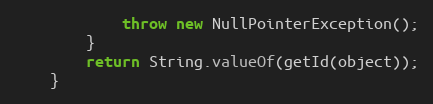
Language: Java
			throw new NullPointerException();
		}
		return String.valueOf(getId(object));
	}